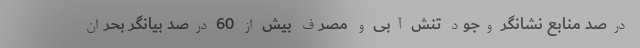
درصد منابع نشانگر وجود تنش آبی و مصرف بیش از 60 درصد بیانگر بحران